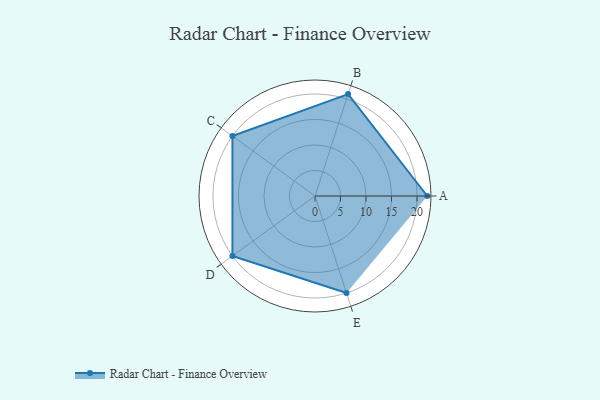
{"axis": {"x": "Skill", "y": "Score"}, "legend": ["Profile"], "data": [{"x": "A", "y": 22.0, "type": "Profile"}, {"x": "B", "y": 21.0, "type": "Profile"}, {"x": "C", "y": 20, "type": "Profile"}, {"x": "D", "y": 20, "type": "Profile"}, {"x": "E", "y": 20, "type": "Profile"}]}